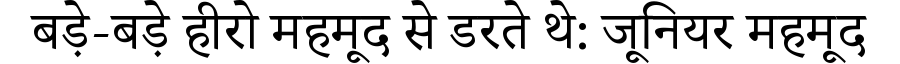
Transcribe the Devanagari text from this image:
बड़े-बड़े हीरो महमूद से डरते थे: जूनियर महमूद